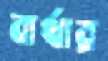
বার্থার